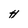
Character: H